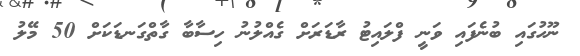
ނޫހުގައި ބުނެފައި ވަނީ ފްލައިޓު ރާޑަރަށް ގެއްލުނު ހިސާބާ ގާތްގަނޑަކަށް 50 މޭލު